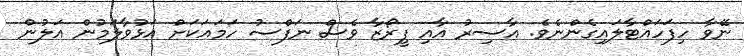
ނޭވާ ހިފަހައްޓާލައިގެންނެވެ. އާސިރު އާއި ފީރޯޒާ ވެސް ނަފްސު ހަމައަކަށް އަޅުވާލަމުން އަލުން